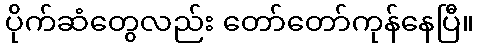
ပိုက်ဆံတွေလည်း တော်တော်ကုန်နေပြီ။